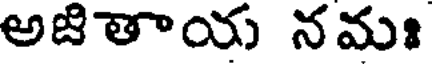
అజితాయ నమః